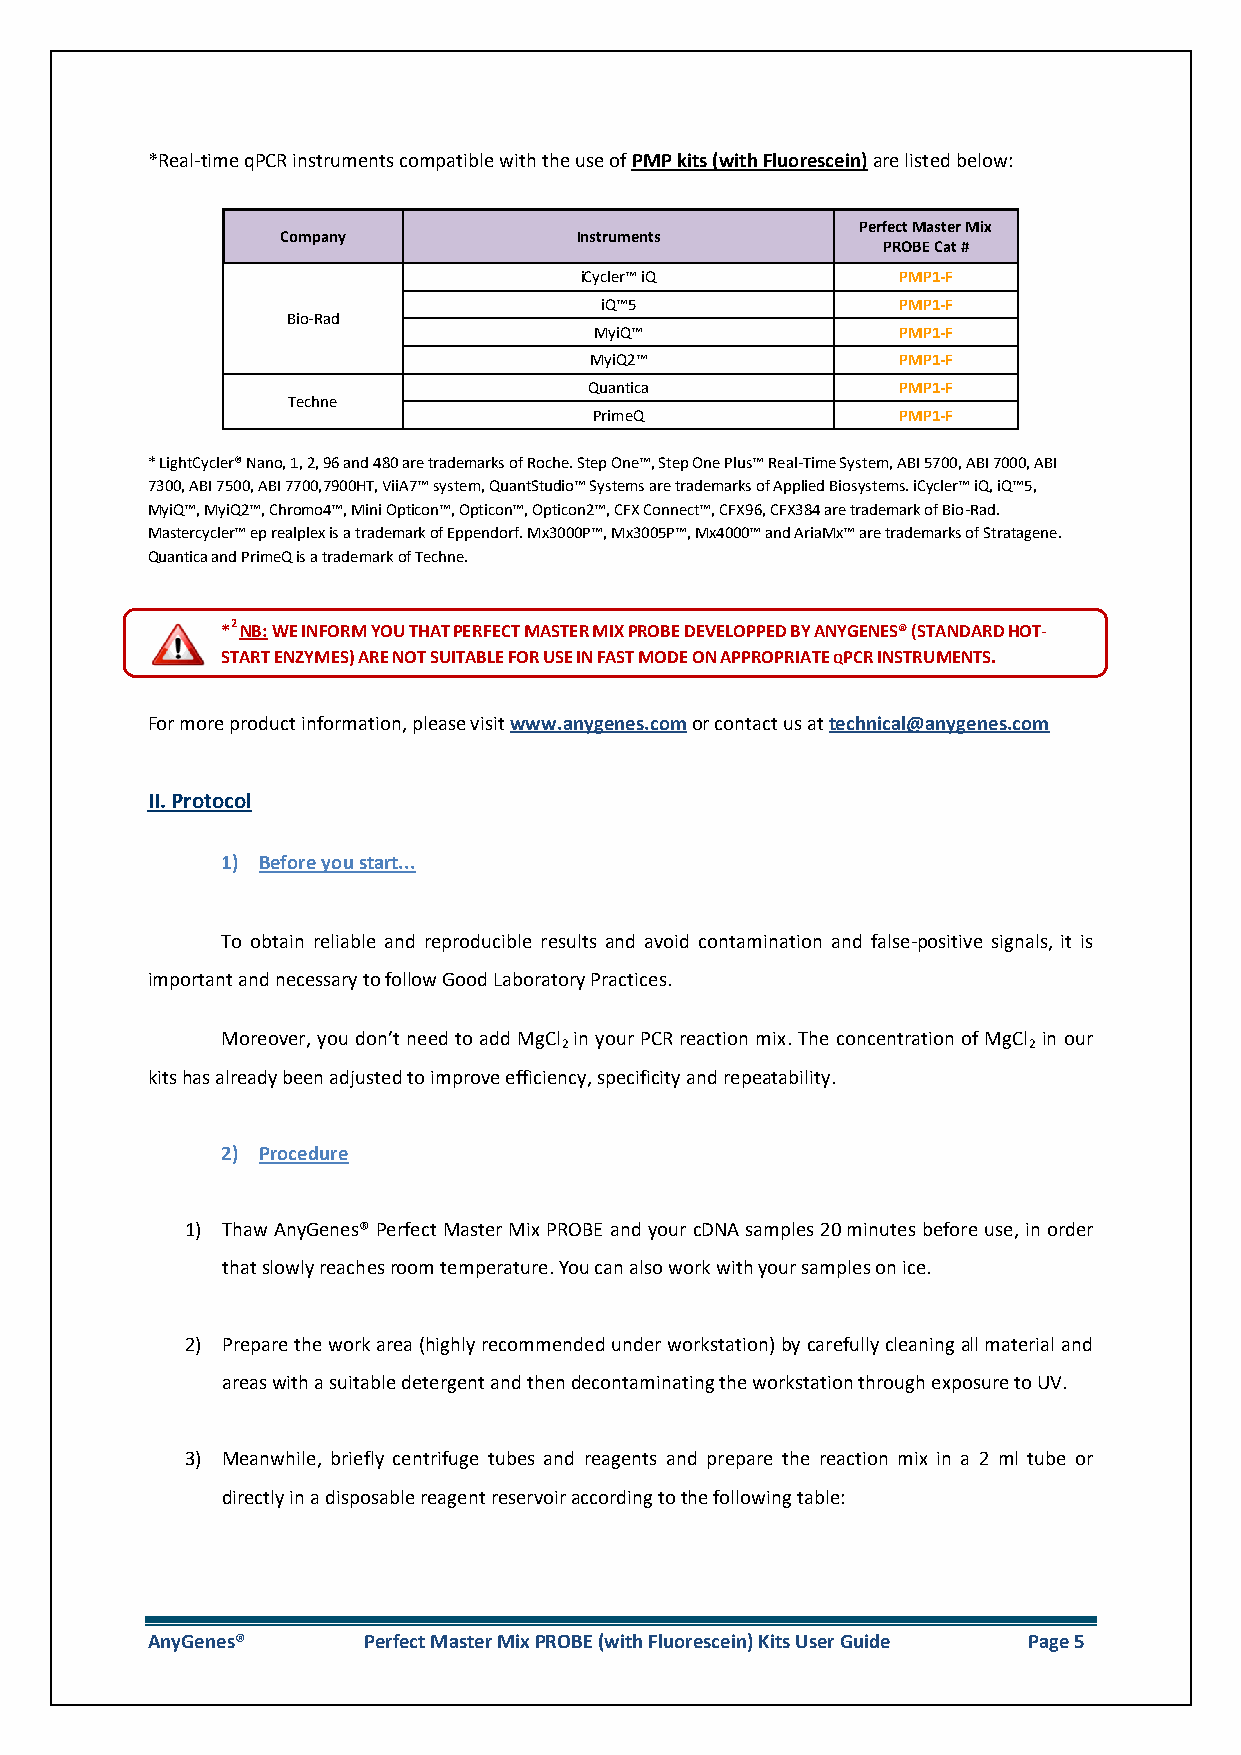
*Real-time qPCR instruments compatible with the use of PMP kits (with Fluorescein) are listed below:
 Perfect Master Mix
 Company            Instruments
 PROBE Cat #
 iCycler™ iQ           PMP1-F
 iQ™5                PMP1-F
 Bio-Rad
 MyiQ™                PMP1-F
 MyiQ2™               PMP1-F
 Quantica             PMP1-F
 Techne
 PrimeQ               PMP1-F
 * LightCycler® Nano, 1, 2, 96 and 480 are trademarks of Roche. Step One™, Step One Plus™ Real-Time System, ABI 5700, ABI 7000, ABI
 7300, ABI 7500, ABI 7700,7900HT, ViiA7™ system, QuantStudio™ Systems are trademarks of Applied Biosystems. iCycler™ iQ, iQ™5,
 MyiQ™, MyiQ2™, Chromo4™, Mini Opticon™, Opticon™, Opticon2™, CFX Connect™, CFX96, CFX384 are trademark of Bio-Rad.
 Mastercycler™ ep realplex is a trademark of Eppendorf. Mx3000P™, Mx3005P™, Mx4000™ and AriaMx™ are trademarks of Stratagene.
 Quantica and PrimeQ is a trademark of Techne.
 *2 NB: WE INFORM YOU THAT PERFECT MASTER MIX PROBE DEVELOPPED BY ANYGENES® (STANDARD HOT-
 START ENZYMES) ARE NOT SUITABLE FOR USE IN FAST MODE ON APPROPRIATE QPCR INSTRUMENTS.
 For more product information, please visit www.anygenes.com or contact us at technical@anygenes.com
 II. Protocol
 1) Before you start...
 To obtain reliable and reproducible results and avoid contamination and false-positive signals, it is
 important and necessary to follow Good Laboratory Practices.
 Moreover, you don’t need to add MgCl in your PCR reaction mix. The concentration of MgCl in our
 2                              2
 kits has already been adjusted to improve efficiency, specificity and repeatability.
 2) Procedure
 1) Thaw AnyGenes® Perfect Master Mix PROBE and your cDNA samples 20 minutes before use, in order
 that slowly reaches room temperature. You can also work with your samples on ice.
 2) Prepare the work area (highly recommended under workstation) by carefully cleaning all material and
 areas with a suitable detergent and then decontaminating the workstation through exposure to UV.
 3) Meanwhile, briefly centrifuge tubes and reagents and prepare the reaction mix in a 2 ml tube or
 directly in a disposable reagent reservoir according to the following table:
 AnyGenes®     Perfect Master Mix PROBE (with Fluorescein) Kits User Guide Page 5